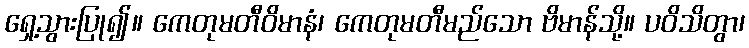
ရှေ့သွားပြု၍။ ကေတုမတီဝိမာနံ၊ ကေတုမတီမည်သော ဗိမာန်သို့။ ပဝိသိတွာ၊